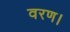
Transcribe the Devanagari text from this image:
वरण।